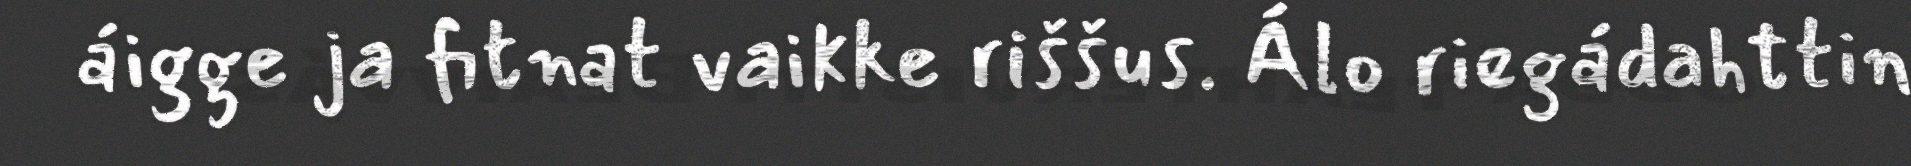
áigge ja fitnat vaikke riššus. Álo riegádahttin